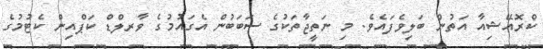
ކްރޮއޭޝިއާ އަތުން ބަލިވެފައެވެ. މި ނަތީޖާތަކުގެ ސަބަބުން އެގައުމުގެ ވާރލްޑް ކަޕްއިން ކެޓުމުގެ